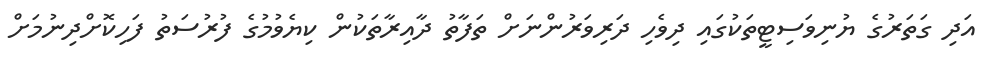
އަދި ގަތަރުގެ ޔުނިވަސިޓީތަކުގައި ދިވެހި ދަރިވަރުންނަށް ތަފާތު ދާއިރާތަކުން ކިޔެވުމުގެ ފުރުސަތު ފަހިކޮށްދިނުމަށް